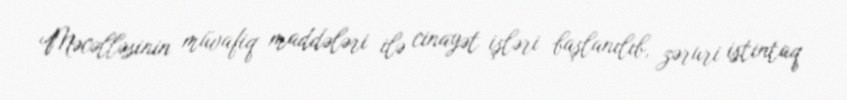
Məcəlləsinin müvafiq maddələri ilə cinayət işləri başlanılıb, zəruri istintaq